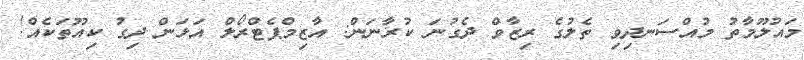
މައުލޫމާތު މުއްސަނދިވި ތެލުގެ ރިޒާވް ދެގުނަ ކުރާނަން: އާޒިމްޕެޓްރޯލް އަޅަން ދިގު ކިއޫތަކެއް!